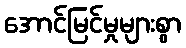
အောင်မြင်မှုများစွာ